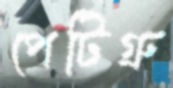
পেটিগ্রু